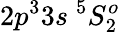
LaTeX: {2p^{3}3s~^{5}S_{2}^{o}}